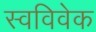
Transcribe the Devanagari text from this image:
स्‍वविवेक